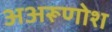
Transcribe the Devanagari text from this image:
अअरूणोश